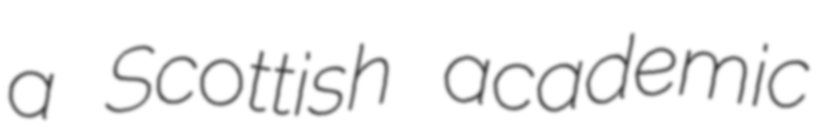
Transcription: a Scottish academic